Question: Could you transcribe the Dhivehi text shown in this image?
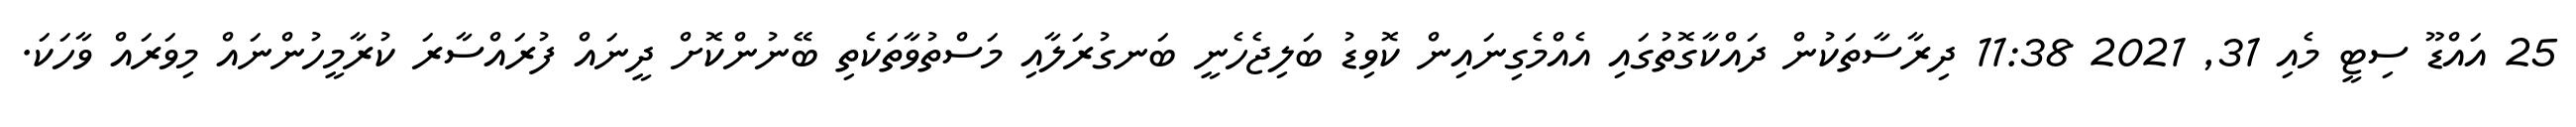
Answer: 25 އައްޑޫ ސިޓީ މެއި 31, 2021 11:38 ދިރާސާތަކުން ދައްކާގޮތުގައި އެއްމެގިނައިން ކޮވިޑު ބަލިޖެހެނީ ބަނގުރަލާއި މަސްތުވާތަކެތި ބޭނުންކޮށް ދީނައް ފުރައްސާރަ ކުރާމީހުންނައް މިވަރައް ވާހަކަ.